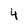
Character: 4